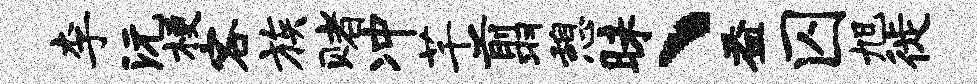
李沅梗客族赌冲芊翦憩昧、益囚旭徙